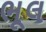
ભૂલ